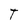
Character: T